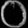
Digit: ၀